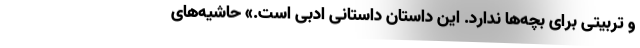
و تربیتی برای بچه‌ها ندارد. این داستان داستانی ادبی است.» حاشیه‌های